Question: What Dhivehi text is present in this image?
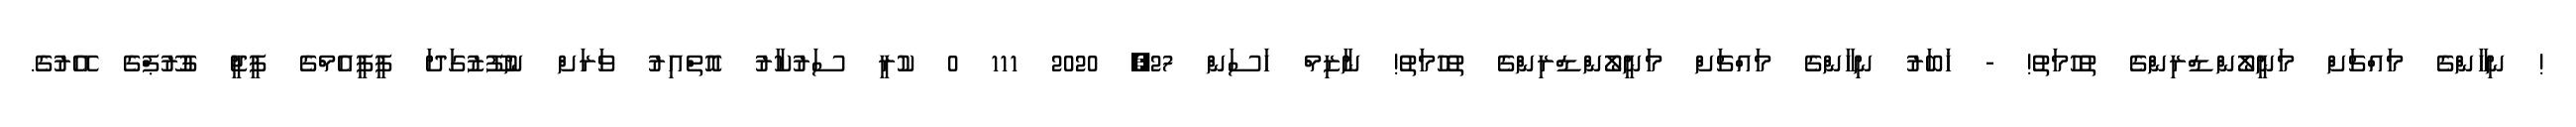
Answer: ! ނިހާންގެ މައްޗަށް މަނީލޯންޑްރިންގެ ތުހުމަތު! - ޚަބަރު ނިހާންގެ މައްޗަށް މަނީލޯންޑްރިންގެ ތުހުމަތު! ނާޒިމް ހަސަން 27, 2020 111 0 ކުރީ ސަރުކާރު އޮތްއިރު ވަރަށް ނުފޫޒުގަދަ ޕީޕީއެމްގެ ޕީޖީ ގުރޫޕްގެ އޭރުގެ.